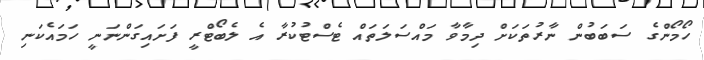
ހޯމޯންގެ ސަބަބުން ނާރުތަކަށް ދިމާވާ މައްސަލަތައް ޓެސްޓުކުރާ އެ ލެބޯޓްރީ ފަށައިގަންނަނީ ހަމައެކަނި